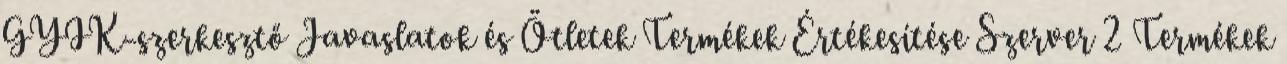
GYIK-szerkesztő Javaslatok és Ötletek Termékek Értékesítése Szerver 2 Termékek